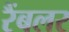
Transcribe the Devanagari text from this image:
रैंबलर